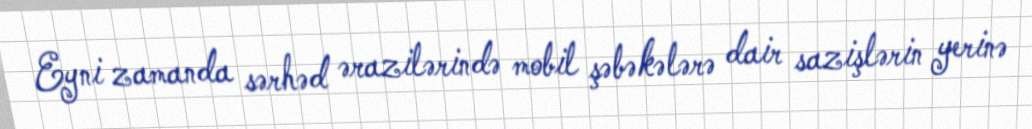
Eyni zamanda sərhəd ərazilərində mobil şəbəkələrə dair sazişlərin yerinə